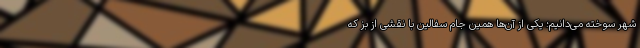
شهر سوخته می‌دانیم؛ یکی از آن‌ها همین جام سفالین با نقشی از بز که